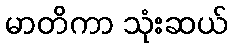
မာတိကာ သုံးဆယ်